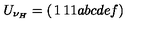
U _ { \nu _ { H } } = \left( \begin{matrix} { 1 } & { 1 } & { 1 } \\ { a } & { b } & { c } \\ { d } & { e } & { f } \\ \end{matrix} \right)